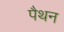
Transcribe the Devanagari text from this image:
पैथन